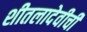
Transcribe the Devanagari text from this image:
शीतलादेवीची